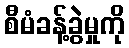
စီမံခန့်ခွဲမှုကို